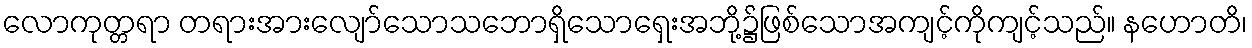
လောကုတ္တရာ တရားအားလျော်သောသဘောရှိသောရှေးအဘို့၌ဖြစ်သောအကျင့်ကိုကျင့်သည်။ နဟောတိ၊